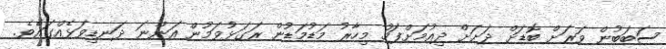
ސަބަބުން ވަރަށް ބޮޑަށް ދަށަށް ދިއުމަށްފަހު މިހާރު މަޑުމަޑުން ރަގަޅުވަމުން އަންނަ ދަނޑިވަޅެއްގައެވެ.